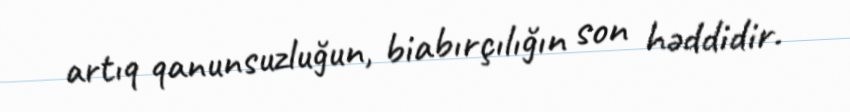
artıq qanunsuzluğun, biabırçılığın son həddidir.